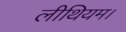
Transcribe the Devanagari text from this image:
लीथियम।